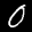
Label: 0